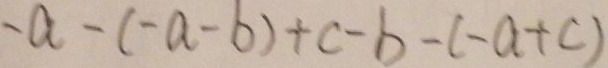
- a - ( - a - b ) + c - b - ( - a + c )